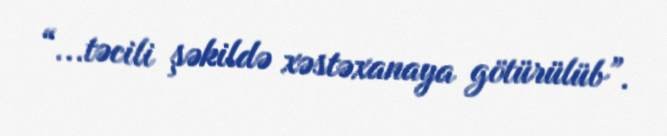
“...təcili şəkildə xəstəxanaya götürülüb”.